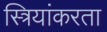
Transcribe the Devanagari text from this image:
स्त्रियांकरता